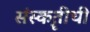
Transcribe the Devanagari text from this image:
संस्कॄतीची